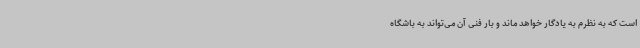
است که به نظرم به یادگار خواهد ماند و بار فنی آن می‌تواند به باشگاه